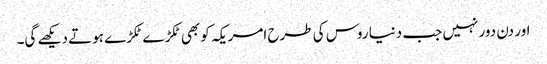
اور دن دور نہیں جب دنیا روس کی طرح امریکہ کو بھی ٹکڑ ے ٹکڑے ہوتے دیکھے گی۔